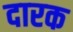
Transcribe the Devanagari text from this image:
दारक